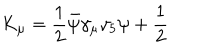
K _ { \mu } = \frac { 1 } { 2 } \bar { \psi } \gamma _ { \mu } \gamma _ { 5 } \psi + \frac { 1 } { 2 }